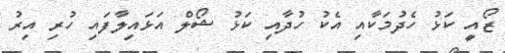
ޒޯއީ ކަޅު ހެދުމަކާއި އެކު ހުދާއި ކަޅު ޝޯލް އަޅައިލާފައި ހުރި އިރު